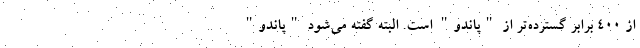
از ۴۰۰ برابر گسترده‌تر از "پاندو" است. البته گفته می‌شود "پاندو"